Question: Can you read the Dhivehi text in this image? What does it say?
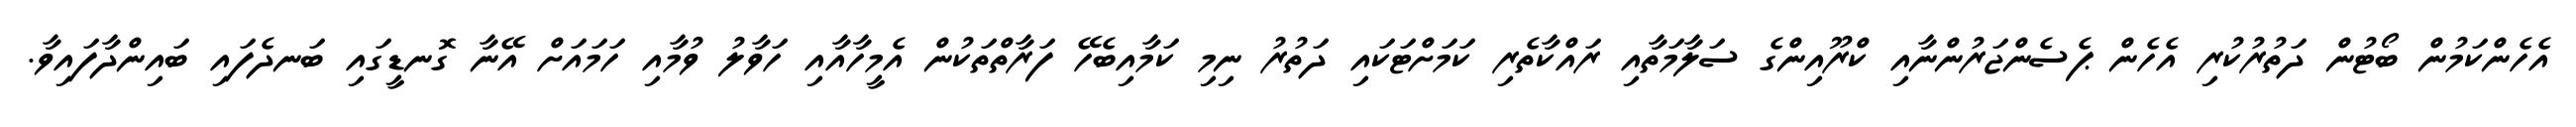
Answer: އެހެންކަމުން ބޯޓުން ދަތުރުކުރި އެހެން ޕެސެންޖަރުންނާއި ކްރޫއިންގެ ސަލާމަތާއި ރައްކާތެރި ކަމަށްޓަކައި ދަތުރު ނިމި ކަމާއިބެހޭ ފަރާތްތަކުން އެމީހާއާއި ހަވާލު ވުމާއި ހަމައަށް އޭނާ ގޮނޑީގައި ބަނދެފައި ބައިންދާފައިވާ.